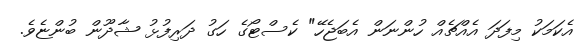
އެކަމަކު މިފަދަ އެއްޗެއް ހުންނަން އެބަޖެހޭ" ކެސްޓޯގެ ހަގު ދަރިފުޅު ޝާދޫން ބުންޏެވެ.